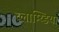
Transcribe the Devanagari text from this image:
च्लाम्य्डिया